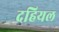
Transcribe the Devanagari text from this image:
दहियल